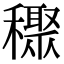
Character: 𥣙